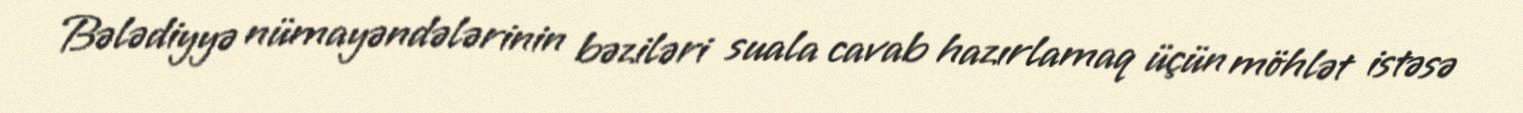
Bələdiyyə nümayəndələrinin bəziləri suala cavab hazırlamaq üçün möhlət istəsə